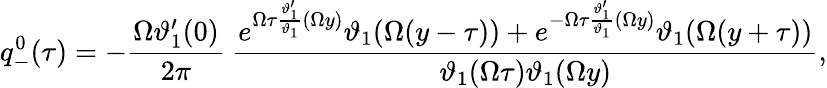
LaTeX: q_{-}^{0}(\tau)=-\frac{\Omega\vartheta_{1}^{\prime}(0)}{2\pi}~\frac{e^{\Omega\tau\frac{\vartheta_{1}^{\prime}}{\vartheta_{1}}(\Omega y)}\vartheta_{1}(\Omega(y-\tau))+e^{-\Omega\tau\frac{\vartheta_{1}^{\prime}}{\vartheta_{1}}(\Omega y)}\vartheta_{1}(\Omega(y+\tau))}{\vartheta_{1}(\Omega\tau)\vartheta_{1}(\Omega y)},